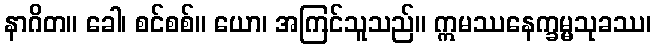
နာဂိတ။ ခေါ၊ စင်စစ်။ ယော၊ အကြင်သူသည်။ ဣမဿနေက္ခမ္မသုခဿ၊